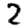
Digit: 2